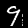
Label: 9